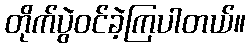
တိုက်ပွဲဝင်ခဲ့ကြပါတယ်။